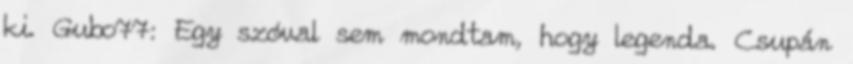
ki. Gubo77: Egy szóval sem mondtam, hogy legenda. Csupán